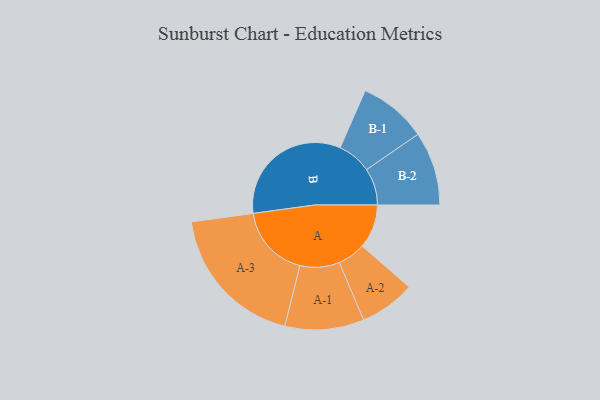
{"axis": {"x": "Segment", "y": "Value"}, "legend": ["", "A", "B"], "data": [{"x": "A", "y": 169, "type": ""}, {"x": "B", "y": 500, "type": ""}, {"x": "A-1", "y": 152, "type": "A"}, {"x": "A-2", "y": 107, "type": "A"}, {"x": "A-3", "y": 281, "type": "A"}, {"x": "B-1", "y": 131, "type": "B"}, {"x": "B-2", "y": 142, "type": "B"}]}